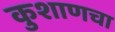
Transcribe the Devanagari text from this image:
कुशाणचा